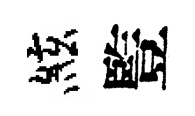
絃䜿